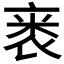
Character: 𬡗